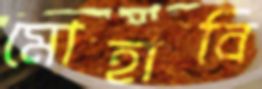
মোহাবি